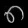
Digit: ၈